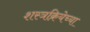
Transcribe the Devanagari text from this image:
शस्त्रक्रियेच्या